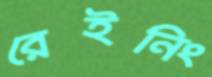
রেইনিং